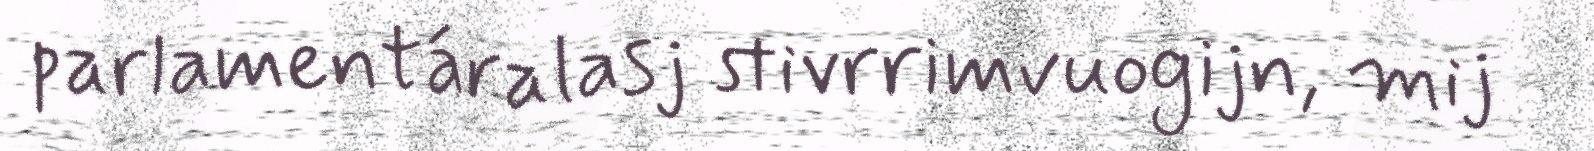
parlamentáralasj stivrrimvuogijn, mij